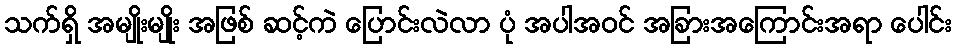
သက်ရှိ အမျိုးမျိုး အဖြစ် ဆင့်ကဲ ပြောင်းလဲလာ ပုံ အပါအဝင် အခြားအကြောင်းအရာ ပေါင်း